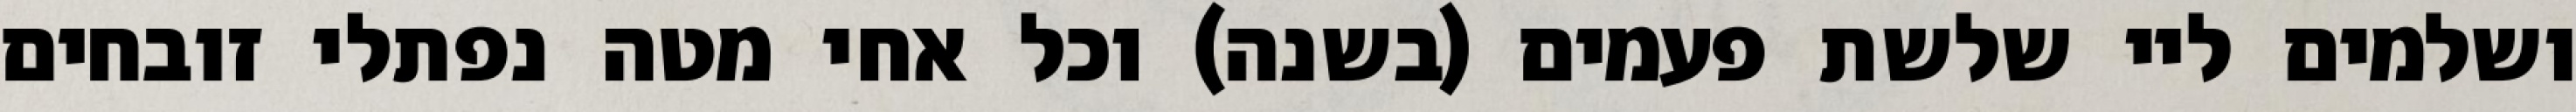
ושלמים ליי שלשת פעמים (בשנה) וכל אחי מטה נפתלי זובחים